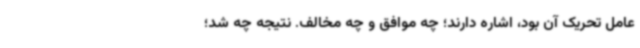
عامل تحریک آن بود، اشاره دارند؛ چه موافق و چه مخالف. نتیجه چه شد؛